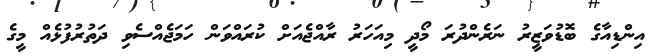
އިންޑިއާގެ ބޮޑުވަޒީރު ނަރެންދުރަ މޯދީ މިއަހަރު ރާއްޖެއަށް ކުރައްވަން ހަމަޖެއްސެވި ދަތުރުފުޅެއް މީގެ